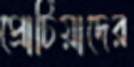
প্রোটিয়াদের